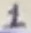
Text: 1